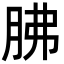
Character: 胇